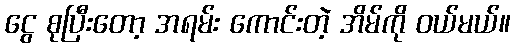
ငွေ စုပြီးတော့ အရမ်း ကောင်းတဲ့ အိမ်ကို ဝယ်မယ်။